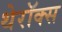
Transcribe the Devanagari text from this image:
थेरॉक्स